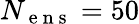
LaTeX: N_{\mathrm{~e~n~s~}}=50